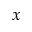
x